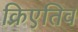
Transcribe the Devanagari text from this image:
क्रिएतिव